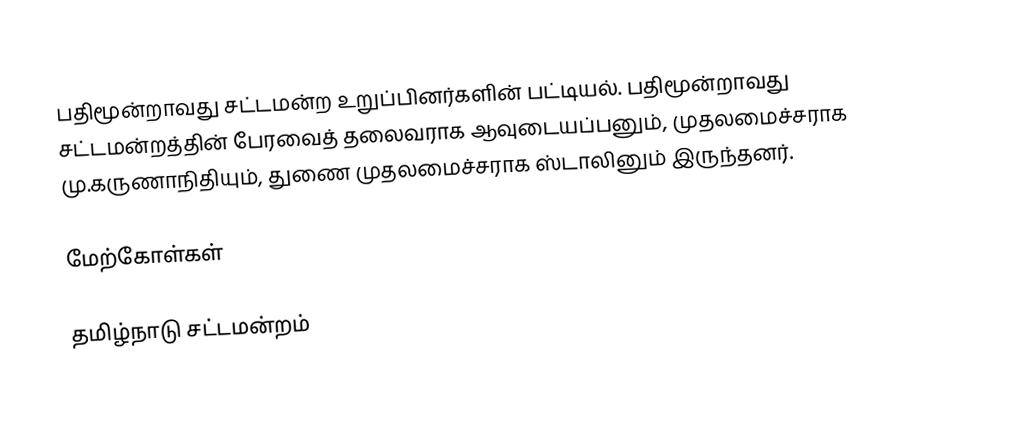
பதிமூன்றாவது சட்டமன்ற உறுப்பினர்களின் பட்டியல். பதிமூன்றாவது சட்டமன்றத்தின் பேரவைத் தலைவராக ஆவுடையப்பனும், முதலமைச்சராக மு.கருணாநிதியும், துணை முதலமைச்சராக ஸ்டாலினும் இருந்தனர்.

மேற்கோள்கள்

தமிழ்நாடு சட்டமன்றம்